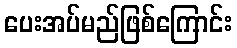
ပေးအပ်မည်ဖြစ်ကြောင်း